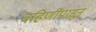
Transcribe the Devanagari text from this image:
बहिणींपासून